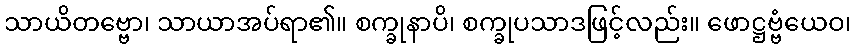
သာယိတဗ္ဗော၊ သာယာအပ်ရာ၏။ စက္ခုနာပိ၊ စက္ခုပသာဒဖြင့်လည်း။ ဖောဋ္ဌဗ္ဗံယေဝ၊